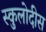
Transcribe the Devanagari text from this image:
स्कुलोदीस